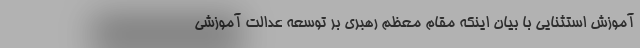
آموزش استثنایی با بیان اینکه مقام معظم رهبری بر توسعه عدالت آموزشی